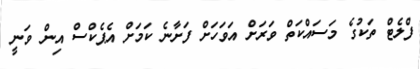
ފްލެޓް ތަކުގެ މަސައްކަތް ވަރަށް އަވަހަށް ފަށާނެ ކަމަށް އެޕެކްސް އިން ވަނީ